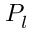
P _ { l }